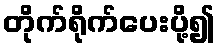
တိုက်ရိုက်ပေးပို့၍